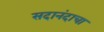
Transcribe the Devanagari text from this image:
सदानंदाचा